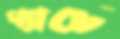
প্যাচে